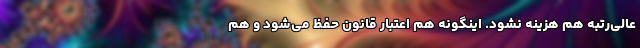
عالی‌رتبه هم هزینه نشود. اینگونه هم اعتبار قانون حفظ می‌شود و هم